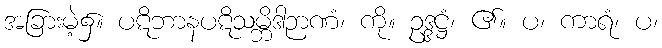
အခြားမဲ့၌။ ပဋိဘာနပဋိသမ္ဘိဒါဉာဏံ၊ ကို။ ဥဒ္ဒဋ္ဌံ၊ ၏။ ပ၊ ကာရံ၊ ပ၊